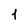
Character: 1